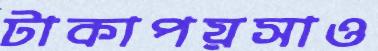
টাকাপয়সাও